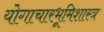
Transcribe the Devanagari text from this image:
योगाचारभूमिशास्त्र